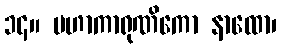
၁၄။ မဟာကာရုဏိကော နာထော၊